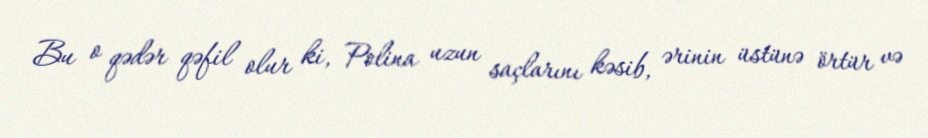
Bu o qədər qəfil olur ki, Polina uzun saçlarını kəsib, ərinin üstünə örtür və